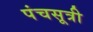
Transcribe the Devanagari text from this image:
पंचसूत्री